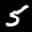
Label: 5